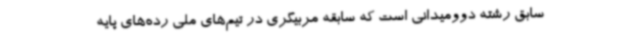
سابق رشته دوومیدانی است که سابقه مربیگری در تیم‌های ملی رده‌های پایه